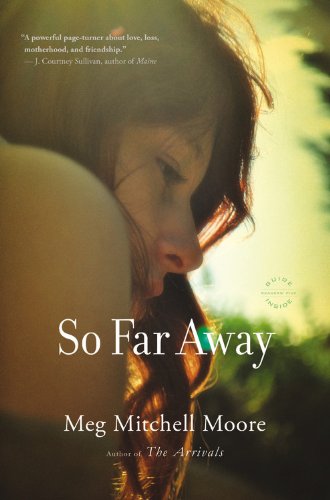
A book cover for So Far Away: A Novel; Meg Mitchell Moore; Literature & Fiction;